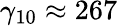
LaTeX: \gamma_{10}\approx 267